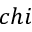
c h i